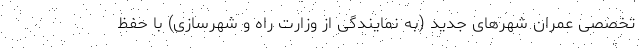
تخصصی عمران شهرهای جدید (به نمایندگی از وزارت راه و شهرسازی) با حفظ